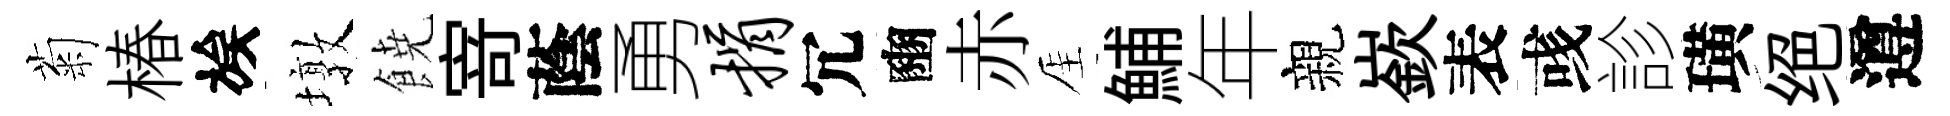
菊椿族墩𩜙𭔃蔭勇捐冗豳赤厓鯆年親嶔表彧診璜绝遵